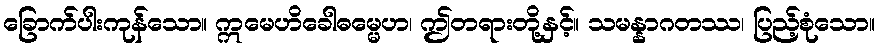
ခြောက်ပါးကုန်သော။ ဣမေဟိခေါဓမ္မေဟ၊ ဤတရားတို့နှင့်။ သမန္နာဂတဿ၊ ပြည့်စုံသော။